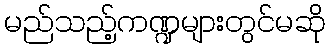
မည်သည့်ကဏ္ဍများတွင်မဆို